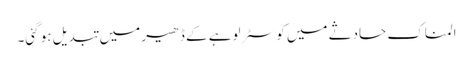
المناک حادثے میں کوسٹر لوہے کے ڈھیر میں تبدیل ہو گئی۔